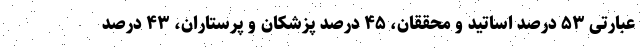
عبارتی ۵۳ درصد اساتید و محققان، ۴۵ درصد پزشکان و پرستاران، ۴۳ درصد